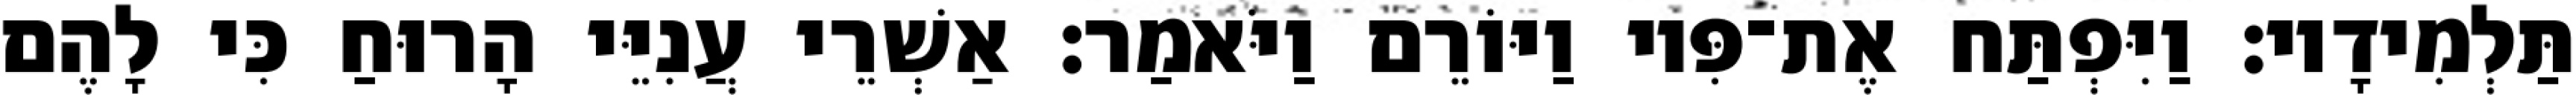
תַּלְמִידָיו׃ וַיִּפְתַּח אֶת־פִּיו וַיּוֹרֵם וַיֹּאמַר׃ אַשְׁרֵי עֲנִיֵּי הָרוּחַ כִּי לָהֶם